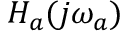
H _ { a } ( j \omega _ { a } )